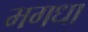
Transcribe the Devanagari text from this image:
मगधा